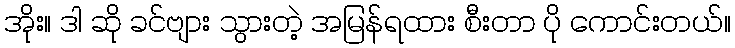
အိုး။ ဒါ ဆို ခင်ဗျား သွားတဲ့ အမြန်ရထား စီးတာ ပို ကောင်းတယ်။